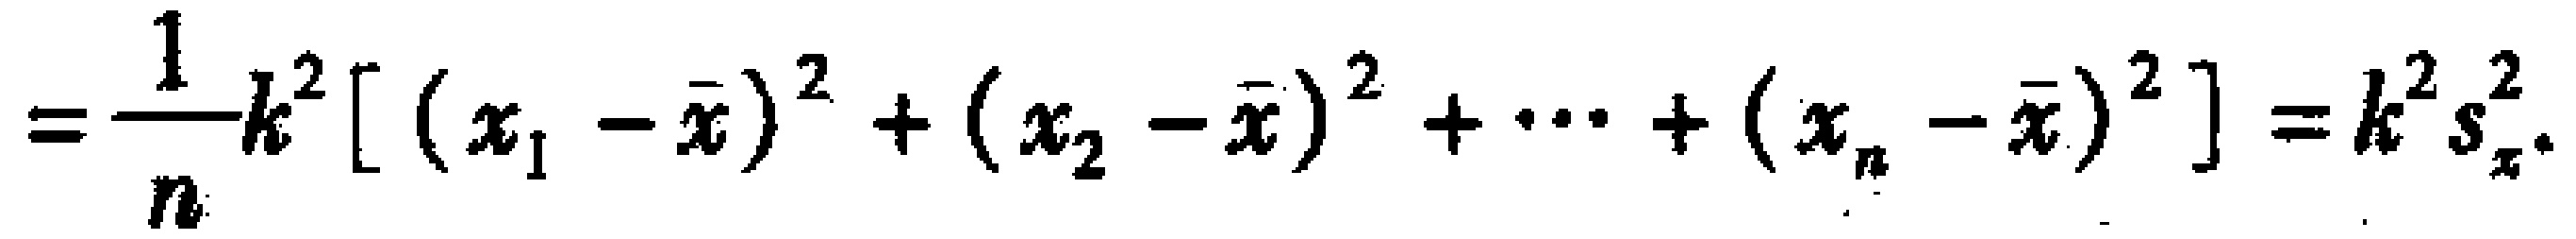
$=\frac{1}{n}k^{2}[(x_{1}-\overline{x})^{2}+(x_{2}-\overline{x})^{2}+\cdots+(x_{n}-\overline{x})^{2}]=k^{2}s_{x}^{2}.$